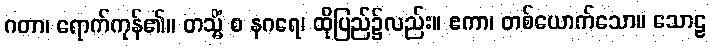
ဂတာ၊ ရောက်ကုန်၏။ တသ္မိံ စ နဂရေ၊ ထိုပြည်၌လည်း။ ဧကာ၊ တစ်ယောက်သော။ သောဠ